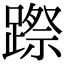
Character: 𨄊